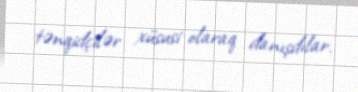
tənqidçilər xüsusi olaraq danışdılar.